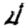
Digit: 4